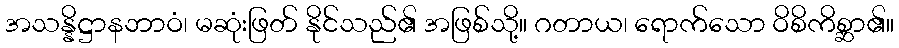
အသန္နိဋ္ဌာနဘာဝံ၊ မဆုံးဖြတ် နိုင်သည်၏ အဖြစ်သို့။ ဂတာယ၊ ရောက်သော ဝိစိကိစ္ဆာ၏။